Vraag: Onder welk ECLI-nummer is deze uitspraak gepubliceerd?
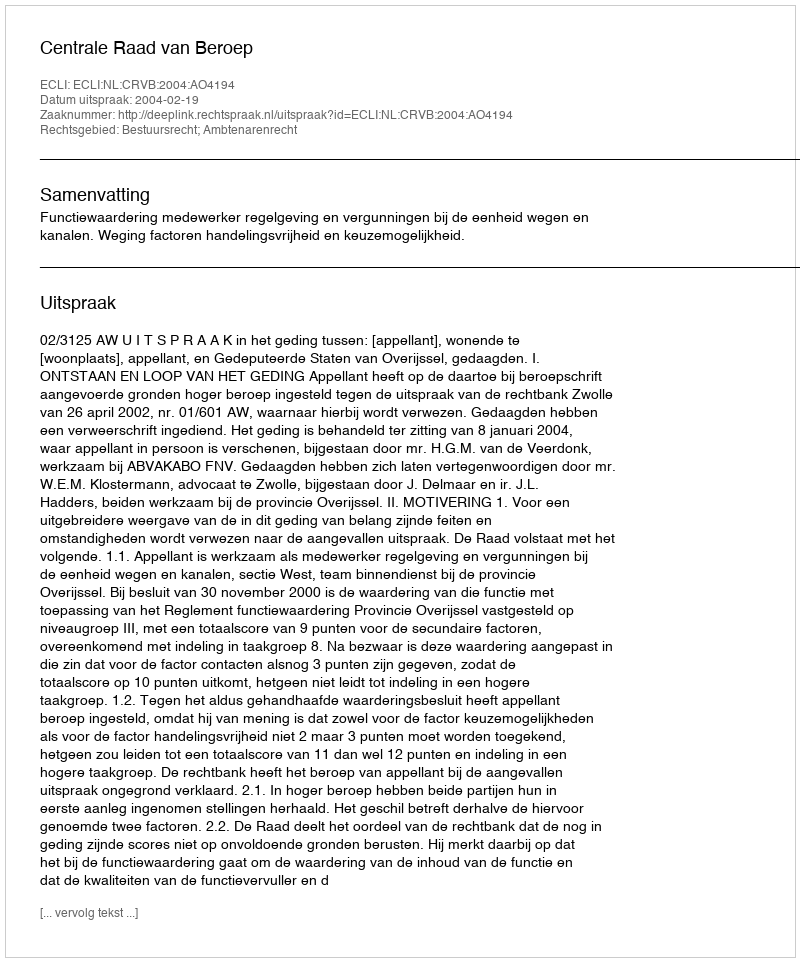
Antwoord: ECLI:NL:CRVB:2004:AO4194